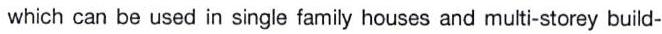
which can be used in single family houses and multi-storey build-